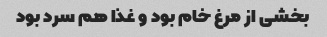
بخشی از مرغ خام بود و غذا هم سرد بود